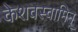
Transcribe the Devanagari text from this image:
केशवस्वामिन्